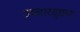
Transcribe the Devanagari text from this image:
उच्चारदृष्ट्या